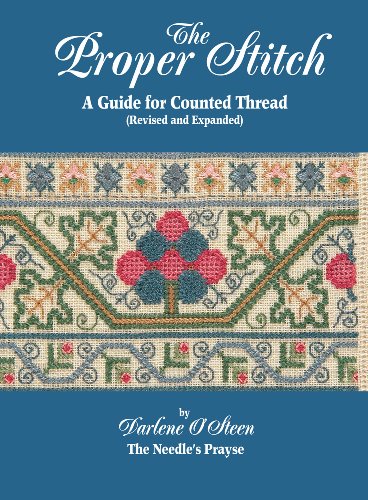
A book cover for The Proper Stitch: A Guide for Counted Thread; Darlene O'Steen; Crafts, Hobbies & Home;